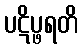
ပဋိပ္ဖရတိ